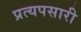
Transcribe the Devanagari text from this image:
प्रत्यपसारी